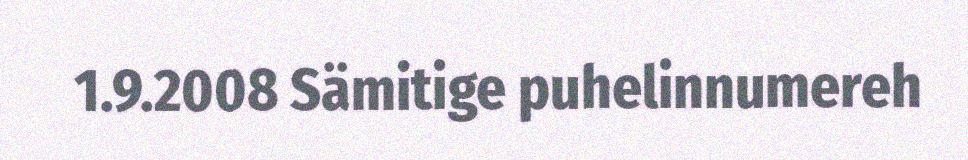
1.9.2008 Sämitige puhelinnumereh